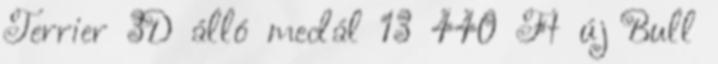
Terrier 3D álló medál 13 440 Ft új Bull